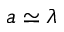
a \simeq \lambda